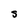
Character: S